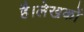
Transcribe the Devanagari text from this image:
है।लेखकों